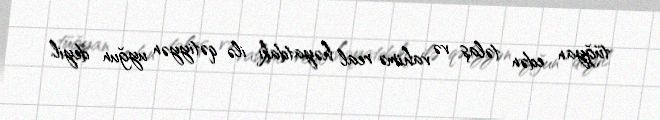
tüğyan edən təlaş və vahimə real həyatdakı ilə qətiyyən uyğun deyil.